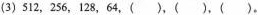
(3)512，256，128，64，()，()，()。